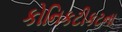
કોનિકટીકટના